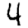
Digit: 4